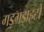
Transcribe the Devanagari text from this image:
गड़गड़ाहटों